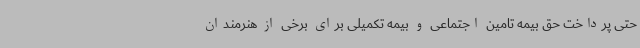
حتی پرداخت حق بیمه تامین اجتماعی و بیمه تکمیلی برای برخی از هنرمندان